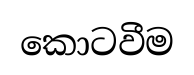
කොටවීම